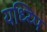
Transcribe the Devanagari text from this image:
यध्य्पि